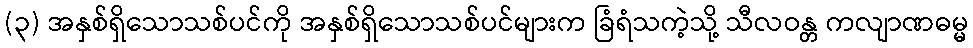
(၃) အနှစ်ရှိသောသစ်ပင်ကို အနှစ်ရှိသောသစ်ပင်များက ခြံရံသကဲ့သို့ သီလဝန္တ ကလျာဏဓမ္မ